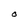
Character: O